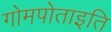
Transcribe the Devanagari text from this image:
गोमपोताइति